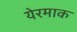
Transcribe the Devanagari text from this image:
येरमाक